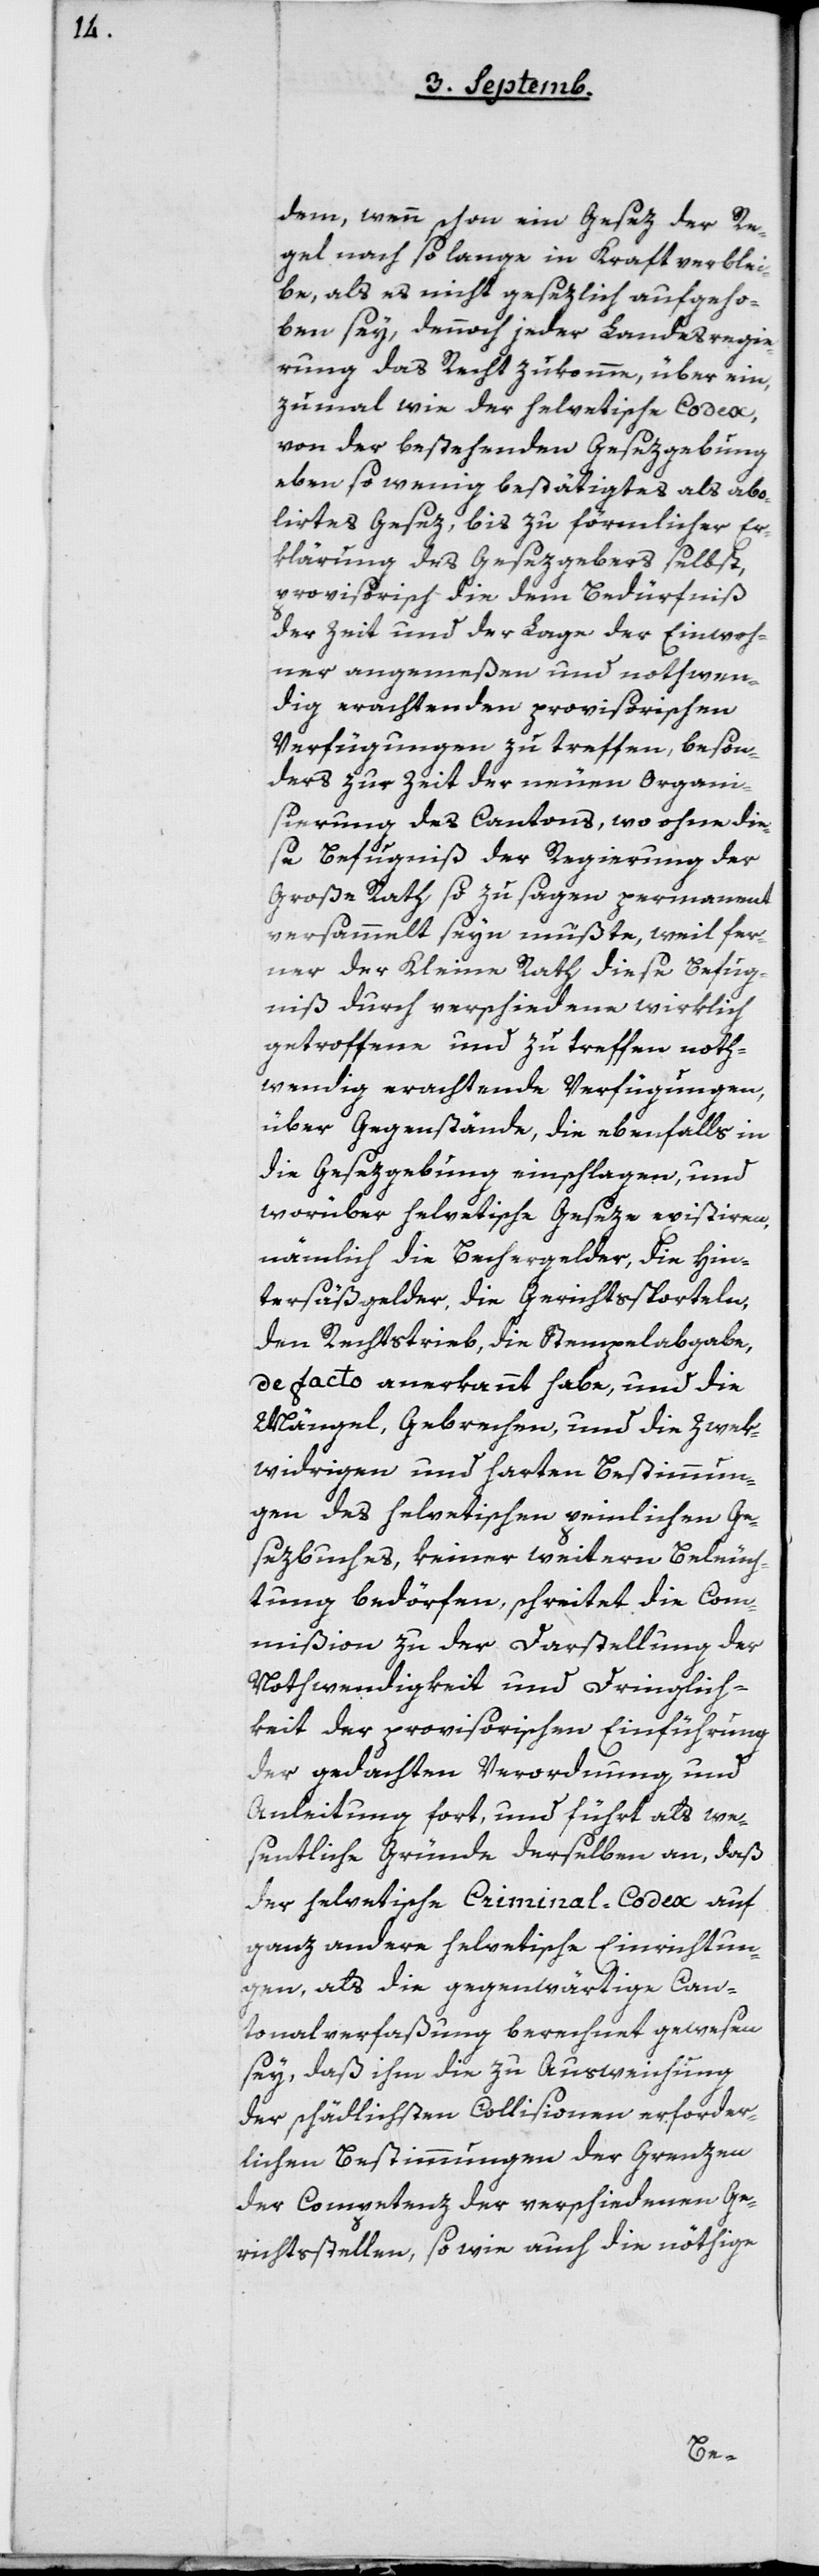
dem, wenn schon ein Gesez der Re¬
gel nach so lange in Kraft verblei¬
be, als es nicht gesezlich aufgeho¬
ben sey, dennoch jeder Landesregie¬
rung das Recht zukomme, über ein,
zumal wie der helvetische Codex,
von der bestehenden Gesezgebung
eben so wenig bestätigtes als abo¬
lirtes Gesez, bis zu förmlicher Er¬
klärung des Gesezgebers selbst,
provisorisch die dem Bedürfniß
der Zeit und der Lage der Einwoh¬
ner angemeßen und nothwen¬
dig erachtenden provisorischen
Verfügungen zu treffen, beson¬
ders zur Zeit der neuen Organi¬
sierung des Cantons, wo ohne die¬
se Befugniß der Regierung der
Große Rath so zu sagen permanent
versammelt seyn müßte, weil fer¬
ner der Kleine Rath diese Befug¬
niß durch verschiedene wirklich
getroffene und zu treffen noth¬
wendig erachtende Verfügungen,
über Gegenstände, die ebenfalls in
die Gesezgebung einschlagen, und
worüber helvetische Geseze existiren,
nämlich die Bechergelder, die Hin¬
tersäßgelder, die Gerichtssporteln,
den Rechtstrieb, die Stempelabgabe,
de facto anerkannt habe, und die
Mängel, Gebrechen und die zwek¬
widrigen und harten Bestimmun¬
gen des Helvetischen peinlichen Ge¬
sezbuches, keiner weitern Beleuch¬
tung bedörfen, schreitet die Com¬
mißion zu der Darstellung der
Nothwendigkeit und Dringlich¬
keit der provisorischen Einführung
der gedachten Verordnung und
Anleitung fort, und führt als we¬
sentliche Gründe derselben an, daß
der helvetische Criminal-Codex auf
ganz andere helvetische Einrichtun¬
gen, als die gegenwärtige Can¬
tonalverfaßung berechnet gewesen
sey, daß ihm die zu Ausweichung
der schädlichsten Collisionen erforder¬
lichen Bestimmungen der Grenzen
der Competenz der verschiedenen Ge¬
richtsstellen, so wie auch die nöthige